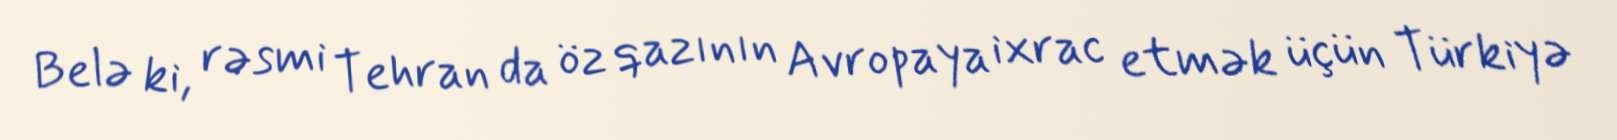
Belə ki, rəsmi Tehran da öz qazının Avropaya ixrac etmək üçün Türkiyə